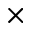
\times